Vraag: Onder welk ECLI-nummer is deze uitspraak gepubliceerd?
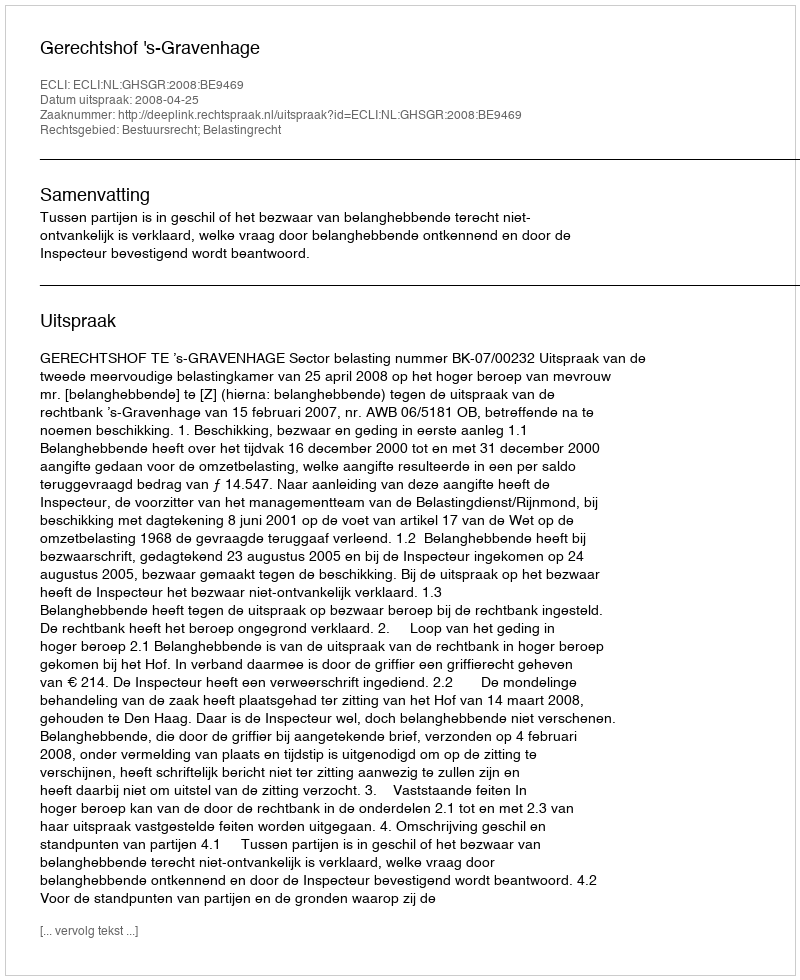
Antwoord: ECLI:NL:GHSGR:2008:BE9469